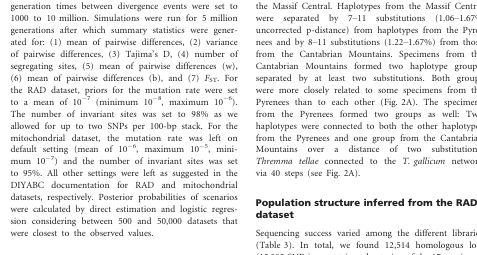
<table><thead><tr><td></td><td colspan="2"><b>RAD dataset</b></td><td colspan="2"><b><i>CO1</i> dataset</b></td></tr><tr><td><b>Scenario</b></td><td><b>Direct regression</b></td><td><b>Logistic regression</b></td><td><b>Direct regression</b></td><td><b>Logistic regression</b></td></tr></thead><tbody><tr><td>1</td><td>0.1240 [0.0000, 0.4129]</td><td>0 [0.0000, 0.9310]</td><td>0.0160 [0.0000, 0.1260]</td><td>0.0001 [0.0000, 0.3486]</td></tr><tr><td>2</td><td>0.0080 [0.0000, 0.0861]</td><td>0 [0.0000, 0.7989]</td><td>0.0320 [0.0000, 0.1863]</td><td>0 [0.0000, 0.3485]</td></tr><tr><td>3</td><td>0.0100 [0.0000, 0.0972]</td><td>0 [0.0000, 0.7989]</td><td>0.0500 [0.0000, 0.2410]</td><td>0.0001 [0.0000, 0.3486]</td></tr><tr><td>4</td><td>0.1960 [0.0000, 0.5440]</td><td>0 [0.0000, 0.7989]</td><td>0.0000 [0.0000, 0.0000]</td><td>0 [0.0000, 0.3485]</td></tr><tr><td>5</td><td>0.0240 [0.0000, 0.1582]</td><td>0 [0.0000, 0.7989]</td><td>0.0040 [0.0000, 0.0593]</td><td>0 [0.0000, 0.3485]</td></tr><tr><td>6</td><td>0.0860 [0.0000, 0.3317]</td><td>0.0713 [0.0000, 0.8078]</td><td><b>0.3900 [0.0000, 0.8175]</b></td><td><b>0.9902 [0.9867, 0.9936]</b></td></tr><tr><td>7</td><td>0.0120 [0.0000, 0.1074]</td><td>0 [0.0000, 0.7989]</td><td>0.0020 [0.0000, 0.0412]</td><td>0 [0.0000, 0.3485]</td></tr><tr><td>8</td><td>0.0040 [0.0000, 0.0593]</td><td>0 [0.0000, 0.7989]</td><td>0.0020 [0.0000, 0.0412]</td><td>0 [0.0000, 0.3485]</td></tr><tr><td>9</td><td>0.0000 [0.0000, 0.0000]</td><td>0 [0.0000, 0.7989]</td><td>0.1740 [0.0000, 0.5063]</td><td>0.002 [0.0000, 0.3503]</td></tr><tr><td>10</td><td>0.0000 [0.0000, 0.0000]</td><td>0 [0.0000, 0.7989]</td><td>0.0060 [0.0000, 0.0737]</td><td>0 [0.0000, 0.3485]</td></tr><tr><td>11</td><td>0.0000 [0.0000, 0.0000]</td><td>0 [0.0000, 0.7989]</td><td>0.0040 [0.0000, 0.0593]</td><td>0 [0.0000, 0.3485]</td></tr><tr><td>12</td><td>0.0020 [0.0000, 0.0412]</td><td>0 [0.0000, 0.7989]</td><td>0.2980 [0.0000, 0.6989]</td><td>0.0063 [0.0000, 0.3553]</td></tr><tr><td>13</td><td>0.0040 [0.0000, 0.0593]</td><td>0 [0.0000, 0.7989]</td><td>0.0060 [0.0000, 0.0737]</td><td>0 [0.0000, 0.3485]</td></tr><tr><td>14</td><td>0.0000 [0.0000, 0.0000]</td><td>0 [0.0000, 0.7989]</td><td>0.0060 [0.0000, 0.0737]</td><td>0 [0.0000, 0.3485]</td></tr><tr><td>15</td><td>0.0420 [0.0000, 0.2178]</td><td>0 [0.0000, 0.7989]</td><td>0.0000 [0.0000, 0.0000]</td><td>0 [0.0000, 0.3485]</td></tr><tr><td>16</td><td>0.0540 [0.0000, 0.2521]</td><td>0 [0.0000, 0.7989]</td><td>0.0000 [0.0000, 0.0000]</td><td>0 [0.0000, 0.3485]</td></tr><tr><td>17</td><td><b>0.2620 [0.0000, 0.6474]</b></td><td><b>0.8174 [0.6590, 0.9758]</b></td><td>0.0020 [0.0000, 0.0412]</td><td>0.0009 [0.0000, 0.3493]</td></tr><tr><td>18</td><td>0.0160 [0.0000, 0.1260]</td><td>0 [0.0000, 0.7989]</td><td>0.0020 [0.0000, 0.0412]</td><td>0 [0.0000, 0.3485]</td></tr><tr><td>19</td><td>0.0020 [0.0000, 0.0412]</td><td>0 [0.0000, 0.7989]</td><td>0.0020 [0.0000, 0.0412]</td><td>0 [0.0000, 0.3485]</td></tr><tr><td>20</td><td>0.1540 [0.0000, 0.4704]</td><td>0.1114 [0.0000, 0.8054]</td><td>0.0040 [0.0000, 0.0593]</td><td>0.0004 [0.0000, 0.3488]</td></tr></tbody></table>